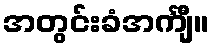
အတွင်းခံအင်္ကျီ။